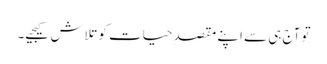
تو آج ہی سے اپنے مقصدِ حیات کو تلاش کیجیے۔